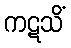
ကဋသိံ